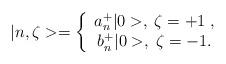
LaTeX: \begin{align*}|n,\zeta >=\left\{ \begin{array}{c}a_{n}^{+}|0>,\;\zeta =+1\;, \\ b_{n}^{+}|0>,\;\zeta =-1.\end{array}\right. \end{align*}